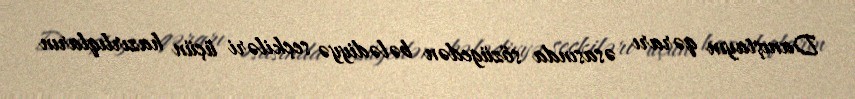
Danıştayın qərarı əsasında sözügedən bələdiyyə seçkiləri üçün hazırlıqların